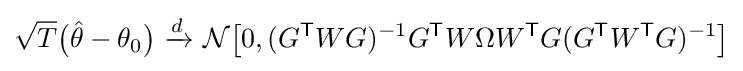
{\sqrt {T}}{\big (}{\hat {\theta }}-\theta _{0}{\big )}\ {\xrightarrow {d}}\ {\mathcal {N}}{\big [}0,(G^{\mathsf {T}}WG)^{-1}G^{\mathsf {T}}W\Omega W^{\mathsf {T}}G(G^{\mathsf {T}}W^{\mathsf {T}}G)^{-1}{\big ]}